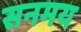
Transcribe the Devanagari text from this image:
सनमय